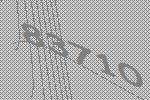
83710